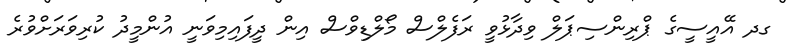
ގދ އޭއީސީގެ ޕްރިންސިޕަލް ވިދާޅުވީ ރަފެލްސް މޯލްޑިވްސް އިން ދީފައިމިވަނީ އުންމީދު ކުރިވަރަށްވުރެ